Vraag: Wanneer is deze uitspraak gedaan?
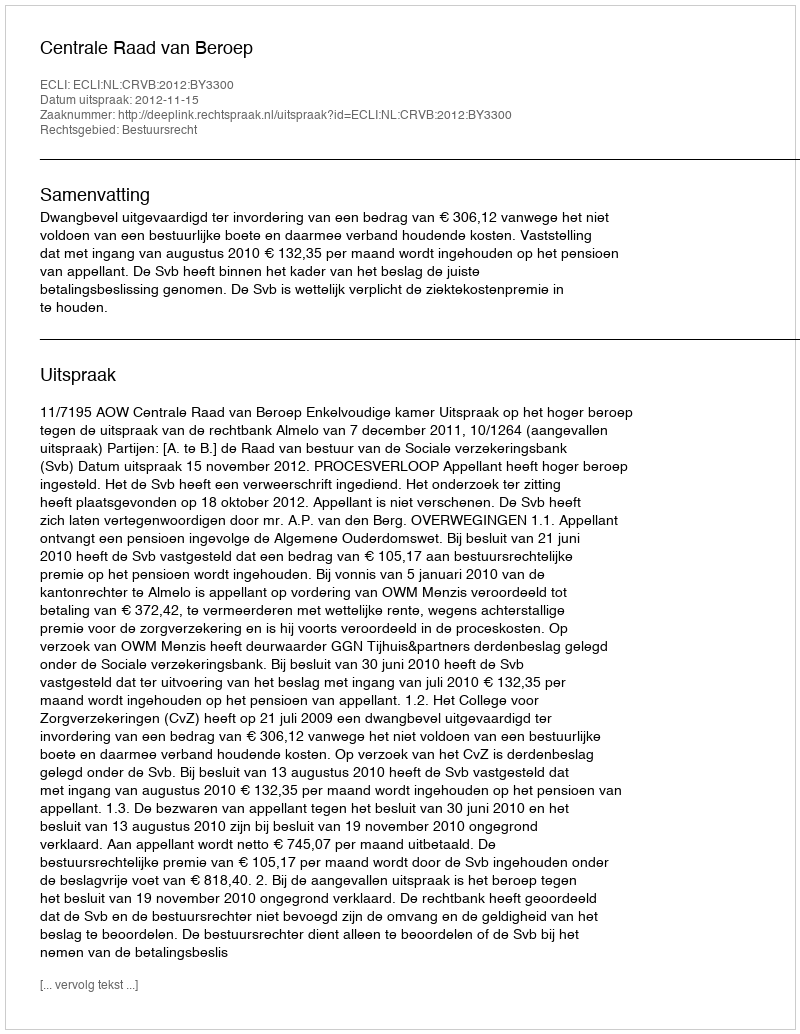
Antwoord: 2012-11-15